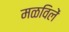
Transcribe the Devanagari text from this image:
मळविलें